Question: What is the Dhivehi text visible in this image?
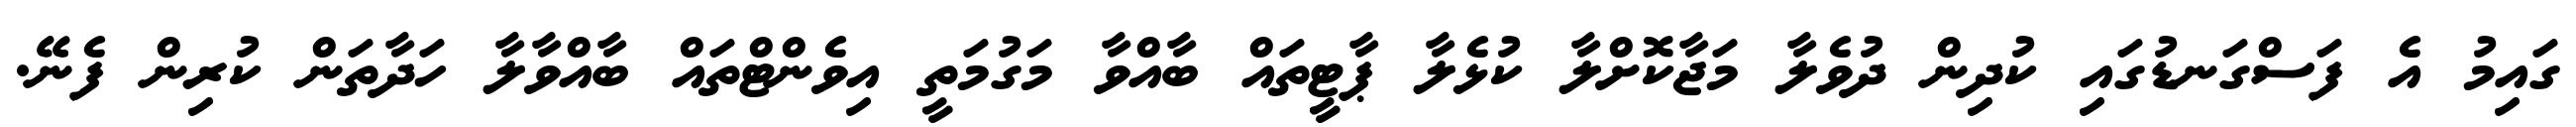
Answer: ގައިމު އެ ފަސްގަނޑުގައި ކުދިން ދުވެލާ މަޖާކޮށްލާ ކުޅެލާ ޕާޓީތައް ބާއްވާ މަގުމަތީ އިވެންޓްތައް ބާއްވާލާ ހަދާތަން ކުރިން ފެނޭ.